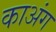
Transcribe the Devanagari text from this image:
काअंग